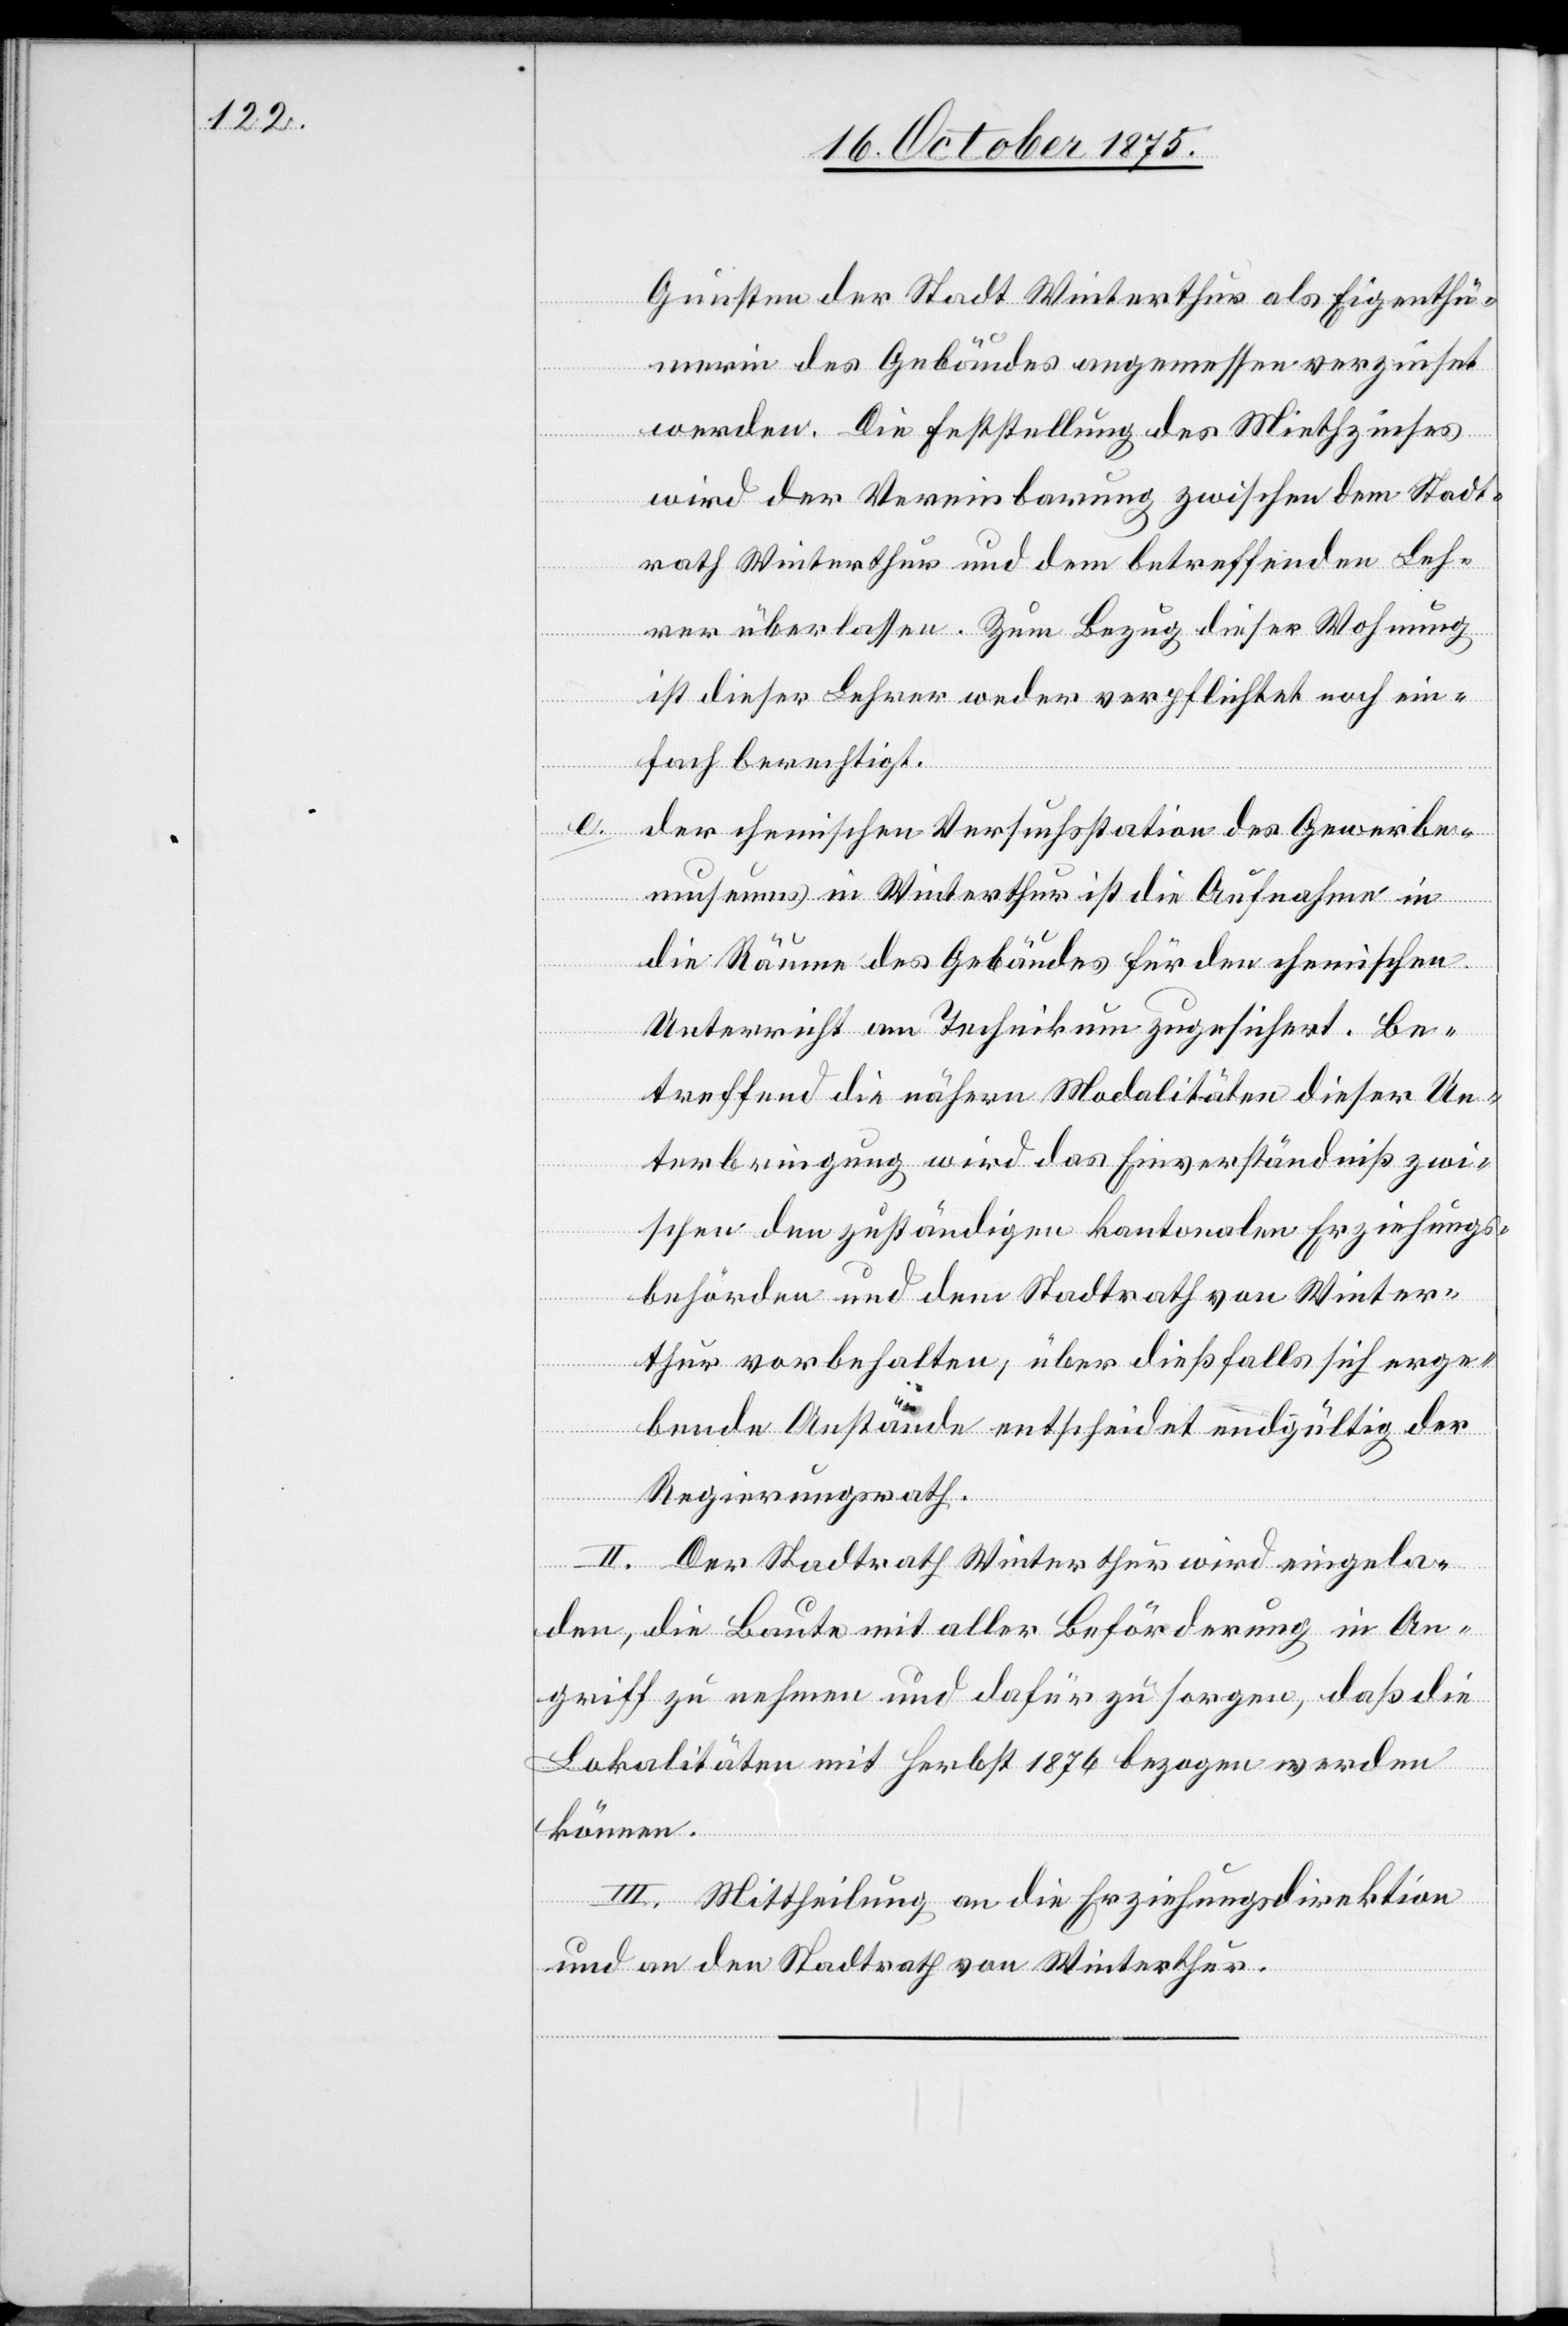
Gunsten der Stadt Winterthur als Eigenthü¬
merin des Gebäudes angemessen verzinset
werden. Die Feststellung des Miethzinses
wird der Vereinbarung zwischen dem Stadt¬
rath Winterthur und dem betreffenden Leh¬
rer überlassen. Zum Bezug dieser Wohnung
ist dieser Lehrer weder verpflichtet noch ein¬
fach berechtigt.
der chemischen Versuchsstation des Gewerbe¬
museums in Winterthur ist die Aufnahme in
die Räume des Gebäudes für den chemischen
Unterricht am Technikum zugesichert. Be¬
treffend die nähern Modalitäten dieser Un¬
terbringung wird das Einverständniß zwi¬
schen den zuständigen kantonalen Erziehungs¬
behörden und dem Stadtrath von Winter¬
thur vorbehalten, über dießfalls sich erge¬
bende Anstände entscheidet endgültig der
Regierungsrath.
II. Der Stadtrath Winterthur wird eingela¬
den, die Baute mit aller Beförderung in An¬
griff zu nehmen und dafür zu sorgen, daß die
Lokalitäten mit Herbst 1876 bezogen werden
können.
III. Mittheilung an die Erziehungsdirektion
und an den Stadtrath von Winterthur.